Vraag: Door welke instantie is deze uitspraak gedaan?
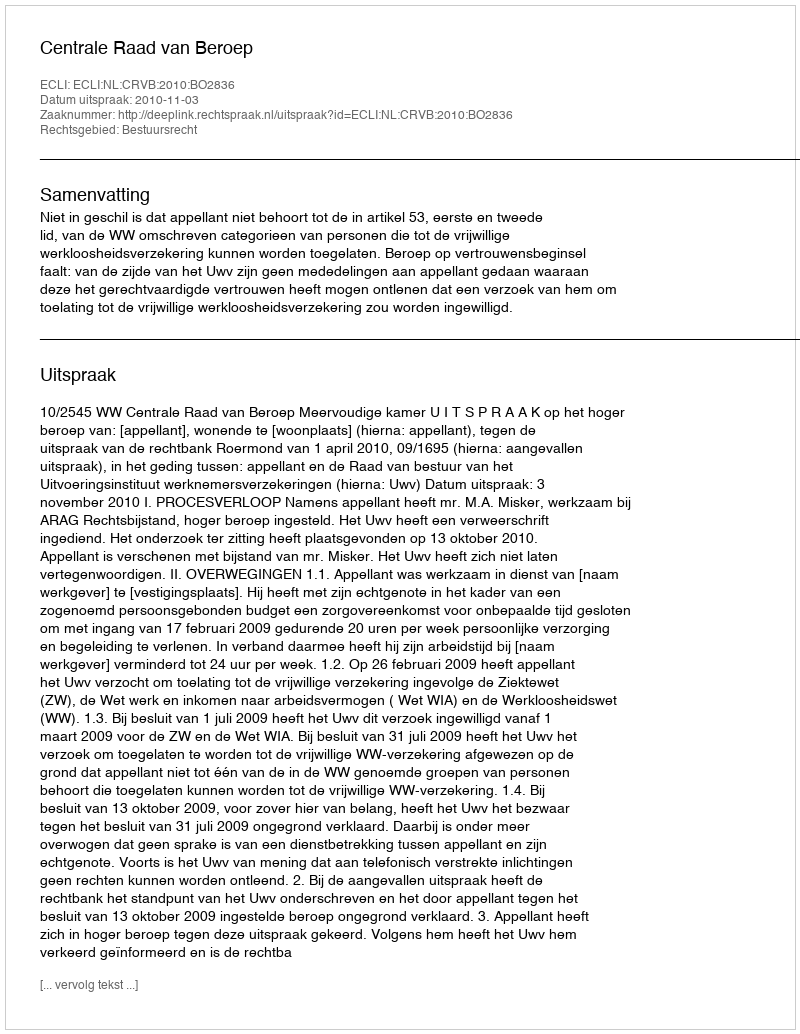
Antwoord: Centrale Raad van Beroep